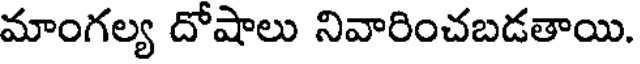
మాంగల్య దోషాలు నివారించబడతాయి.